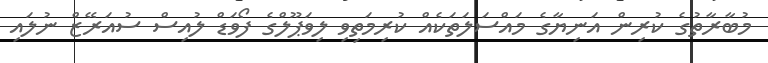
މުބާރާތުގެ ކުރިން އަނިޔާގެ މައްސަލަތަކެއް ކުރިމަތިވި ލިވަޕޫލްގެ ފޯވަޑް ލުއިސް ސުއަރޭޒް ނުލައި